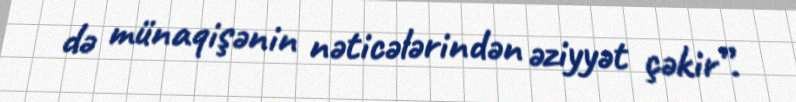
də münaqişənin nəticələrindən əziyyət çəkir”.